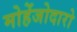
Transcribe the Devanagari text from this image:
मोहेंजोदारो